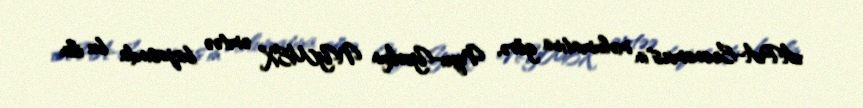
APA-Economics"in məlumatına görə, Nyu-Yorkun NYMEX əmtəə birjasında bu ilin